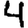
Digit: 4